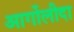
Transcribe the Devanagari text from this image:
आर्गोलीदा